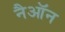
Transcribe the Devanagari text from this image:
नैऑन